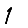
Digit: 1